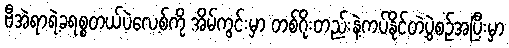
ဗီအဲရာရဲ့ခရစ္စတယ်ပဲလေ့စ်ကို အိမ်ကွင်းမှာ တစ်ဂိုးတည်းနဲ့ကပ်နိုင်တဲ့ပွဲစဉ်အပြီးမှာ